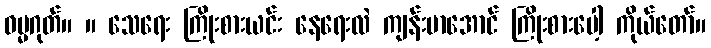
ဓမ္မဂုတ်။ ။ သေရေး ကြိုးစားယင်း နေရေးလဲ ကျန်းမာအောင် ကြိုးစားပေါ့ ကိုယ်တော်။